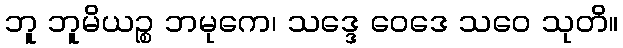
ဘူ ဘူမိယဉ္စ ဘမုကေ၊ သဒ္ဒေ ဝေဒေ သဝေ သုတိ။